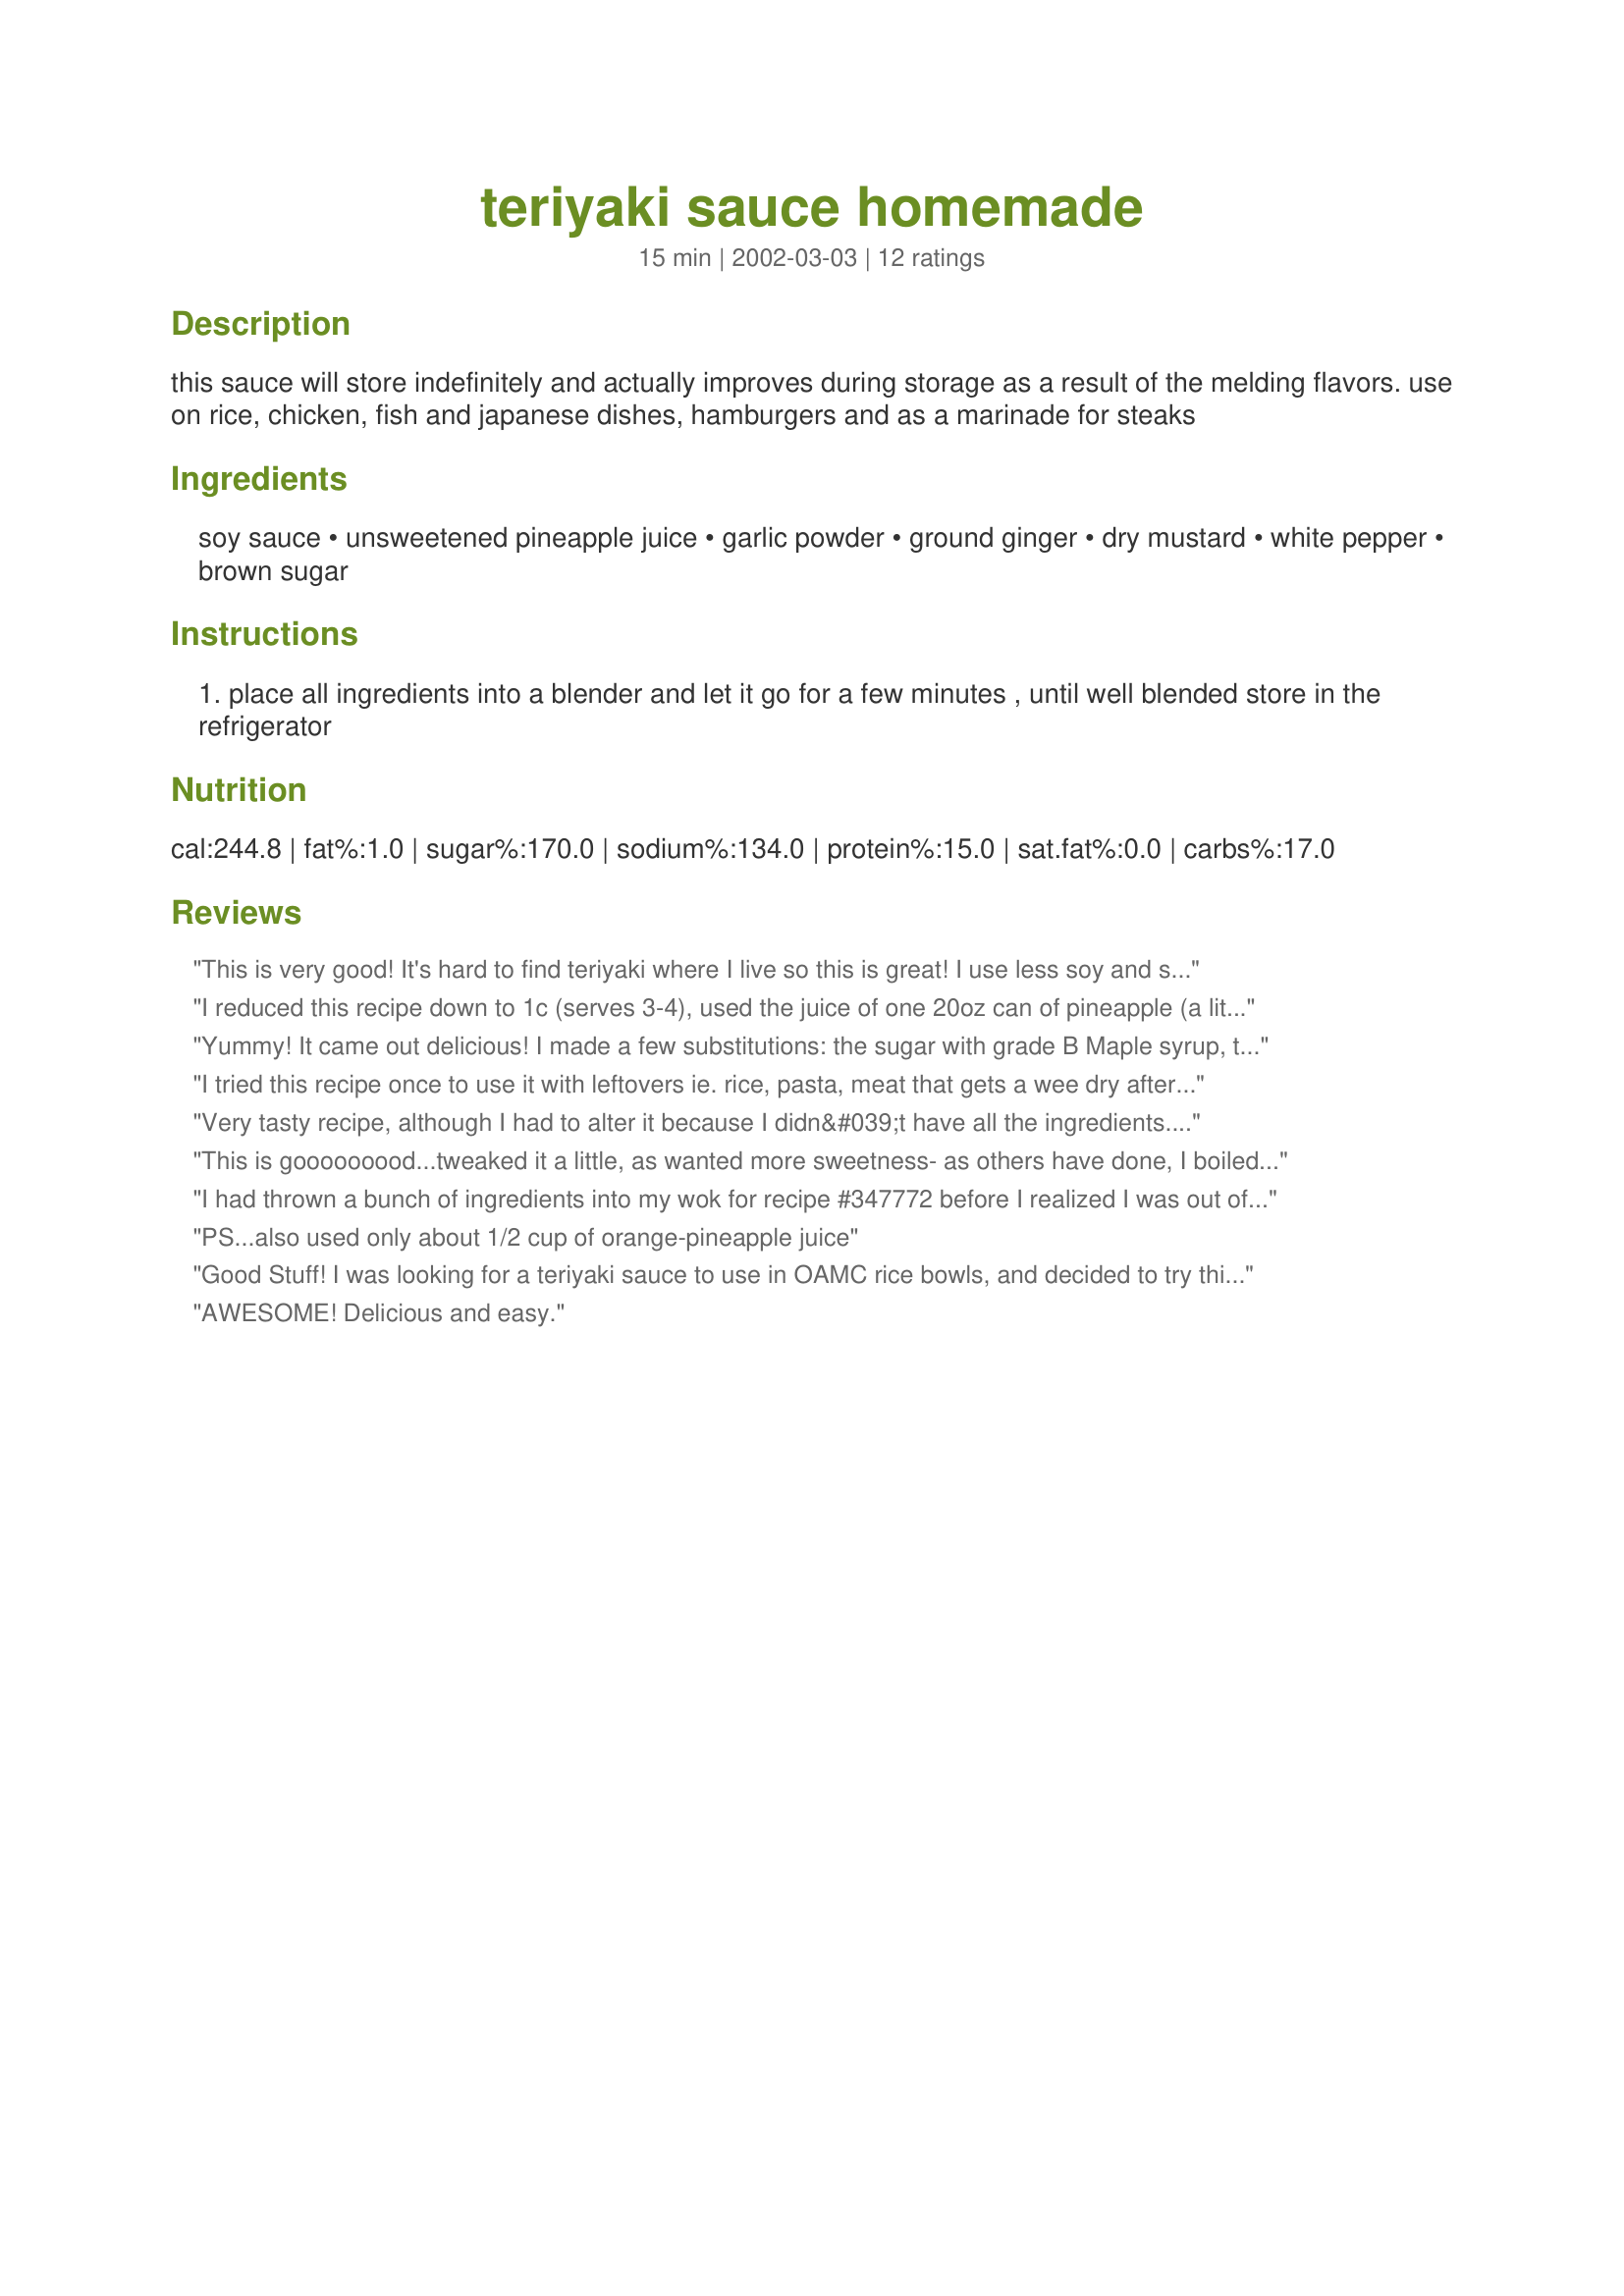
teriyaki sauce homemade
Preparation time: 15 minutes

this sauce will store indefinitely and actually improves during storage as a result of the melding flavors. use on rice, chicken, fish and japanese dishes, hamburgers and as a marinade for steaks

Ingredients:
soy sauce, unsweetened pineapple juice, garlic powder, ground ginger, dry mustard, white pepper, brown sugar

Steps:
place all ingredients into a blender and let it go for a few minutes , until well blended store in the refrigerator

Reviews:
This is very good! It's hard to find teriyaki where I live so this is great! I use less soy and skip the ginger altogether and it's still good. I boil mine on the stovetop w/ some hot water as needed for about 7 minutes to make it more syrup like.
I reduced this recipe down to 1c (serves 3-4), used the juice of one 20oz can of pineapple (a little over 3/4c) and added an extra 1/4c brown sugar for a sweet, though not overpowering, sauce. Also, as I was using this for a stir-fry, I added 1tbls cornstarch to thicken it up just a bit, though I would use up to 2tbls, depending on the application. Overall, a very good sauce and a simple preparation.
Yummy! It came out delicious! I made a few substitutions: the sugar with grade B Maple syrup, tamari in place of the soy sauce, and fresh ginger root instead of powdered. And as others did, boiled it a few minutes. I loved it, happy I found this recipe, made it almost last minute and turned out so good!
I tried this recipe once to use it with leftovers ie. rice, pasta, meat that gets a wee dry after a few days in fridge etc......... My son AND DAUGHTER (she's quite the picky eater!) both LOVED it; they have asked me to make more teriyake sauce as a treat to otherwise bland leftovers. Besides, the first batch i made stored for months in the fridge without losing its delicious flavour. Thank you. Frederique
Very tasty recipe, although I had to alter it because I didn&#039;t have all the ingredients. I substituted half orange juice and half Lefty O&#039;Doul&#039;s key lime margarita mix for the pineapple juice. I had ginger soy, so I skipped the soy. No garlic so I substituted Adobo seasoning (Mexican) which is loaded with garlic, and I added a Tblsp of red curry powder. Grilled at 500 degrees+ to seal in the flavor. Yum
This is gooooooood...tweaked it a little, as wanted more sweetness- as others have done, I boiled it down a bit, tasted, then added about 1/4 c. of white sugar, and about 2 Tbl. honey- this evened out the flavor. It grills like a dream- perfect little carmelized spots on the meat! BTW, this is EXCELLENT on jumbo shrimp- marinated them in it for 2 hrs., then grilled & brushed with more sauce- thank you so much, Tish!!! Better than Yoshida's. :)
I had thrown a bunch of ingredients into my wok for recipe #347772 before I realized I was out of teriyaki sauce! I ran to the computer & here you are! Tish to the rescue! :) I used fresh ginger, as I had it on hand & had to make a 1/2 recipe due to only having 2 cups of pineapple juice. I blendered it, put it on the stove for about 10 minutes & then used it in the sesame chicken recipe. It was excellent on it's own & as an ingredient & I can't wait to try it for marinating now too. Thanks so much for posting, Tish! I've added this recipe to my "Help! I'm out of..." cookbook. :)
PS...also used only about 1/2 cup of orange-pineapple juice
Good Stuff! I was looking for a teriyaki sauce to use in OAMC rice bowls, and decided to try this one. The only ingredient sub I made was fresh ginger instead of ground (don't keep it on hand). I also changed the method, putting all of the ingredients in a saucepan, and reducing until it had the consistancy I wanted. This had great flavor, a bit peppery, and not sickly sweet. I used it warm as a dipping sauce for grilled salmon as well as in my rice bowls. It freezes great, without any loss of flavor. Definately a winner!
AWESOME! Delicious and easy.
I love this recipe! I was worried though about the sugar not dissolving and making it grainy, so i cooked it on the stovetop, as well as gave it a punch of heat. I tossed this at room temperature with my fav bagged sweet kale salad mix, tuna and feta, then stuffed it in whole wheat tortillas to make wraps...instant mouth full of sex; a must try! This is how I tweaked it: 1 cup soy sauce 3 cups unsweetened pineapple juice, separated 1/4 cup honey 1/4 cup brown sugar 2 tbsp beef bouillon 1 tbsp garlic powder 1 tbsp ground ginger 2 tsp dry mustard powder 2 tsp onion powder 1-2 tsp sriracha sauce 1 tsp smooth peanut butter 1 tbsp cornstarch In a medium pot, bring soy sauce and 2 cups of pineapple juice to a boil over high heat; reduced heat to medium low. Stir in sugars and seasonings, until completely dissolved (2-3 minutes). Meanwhile, in a measuring cup, blend together remaining juice and cornstarch. Raise heat to medium high, and vigorously stir in cornstarch mixture. Continue stirring until thickened (3-5 minutes); remove from heat and allow to cool for further thickening.
My family just loves this! We've used it in rice bowls and on chicken wings. Tonight it's teriyaki burgers. We didn't use the blender just cooked it on the stove. Used a tad more brown sugar as I like the sauce a little sweeter :) Thanks for posting this! I'm not a fan of "gloopy" teriyaki so this was perfect.
